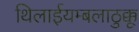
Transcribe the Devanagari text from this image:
थिलाईयम्बलाठुक्कू